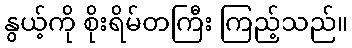
နွယ့်ကို စိုးရိမ်တကြီး ကြည့်သည်။